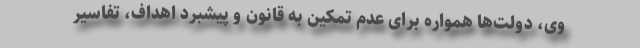
وی، دولت‌ها همواره برای‌ عدم تمکین به قانون و پیشبرد اهداف، تفاسیر